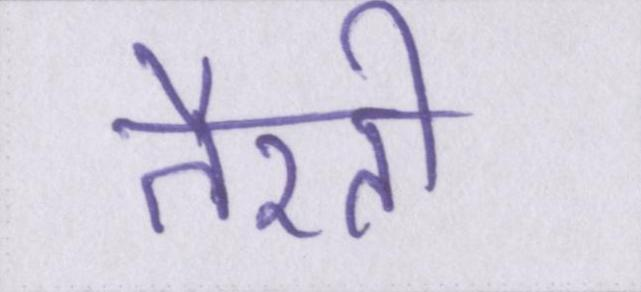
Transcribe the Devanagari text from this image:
तैरती